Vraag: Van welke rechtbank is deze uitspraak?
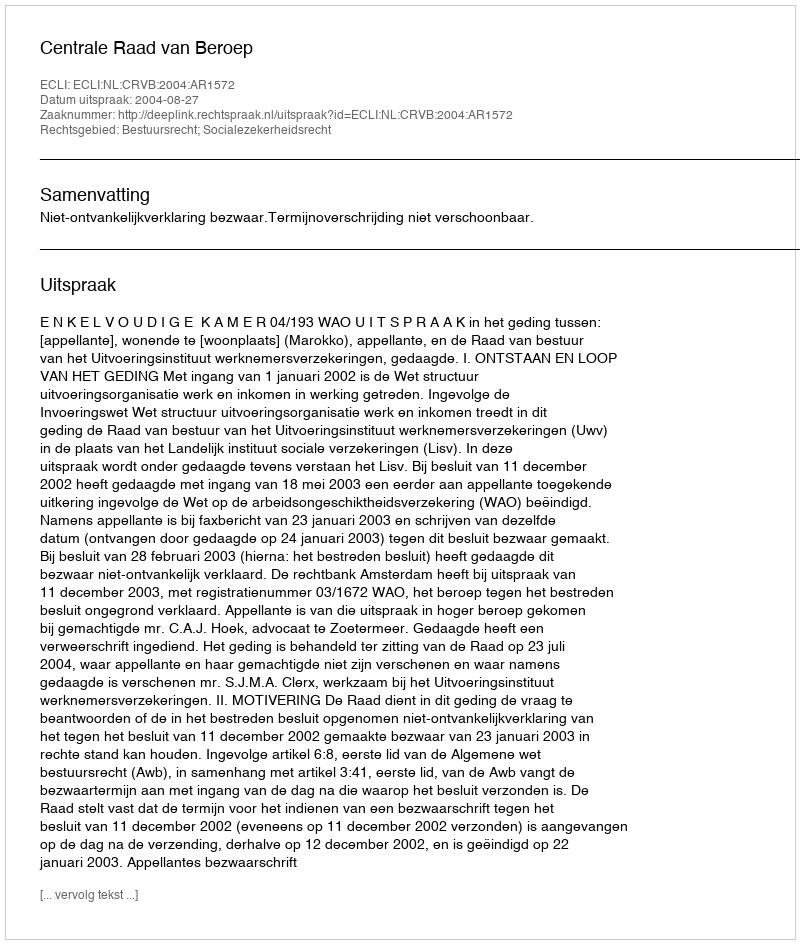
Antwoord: Centrale Raad van Beroep